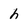
Character: h